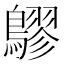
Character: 𪅡